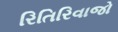
રિતિરિવાજો